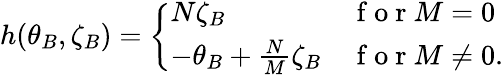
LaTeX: h(\theta_{B},\zeta_{B})=\left\{ \begin{array}{ll}{N\zeta_{B}}&{\mathrm{~f~o~r~}M=0}\\ {-\theta_{B}+\frac{N}{M}\zeta_{B}}&{\mathrm{~f~o~r~}M\ne 0.}\end{array}\right.